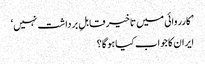
’کارروائی میں تاخیر قابلِ برداشت نہیں‘
ایران کا جواب کیا ہو گا؟